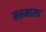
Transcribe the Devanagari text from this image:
मरूमाला